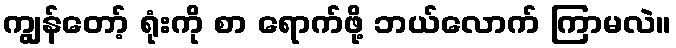
ကျွန်တော့် ရုံးကို စာ ရောက်ဖို့ ဘယ်လောက် ကြာမလဲ။